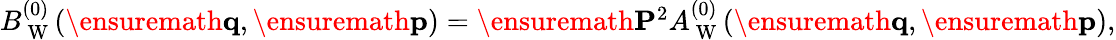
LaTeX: \begin{array}{r}{B_{\mathrm{~W~}}^{(0)}(\ensuremath{\mathbf{q}},\ensuremath{\mathbf{p}})=\ensuremath{\mathbf{P}}^{2}A_{\mathrm{~W~}}^{(0)}(\ensuremath{\mathbf{q}},\ensuremath{\mathbf{p}}),}\end{array}